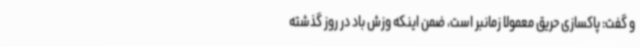
و گفت: پاکسازی حریق معمولا زمانبر است، ضمن اینکه وزش باد در روز گذشته